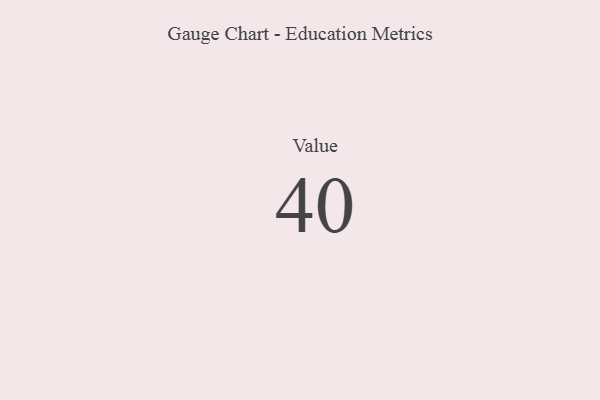
{"axis": {"x": "Metric", "y": "Value"}, "legend": [""], "data": [{"x": "Value", "y": 40, "type": ""}]}